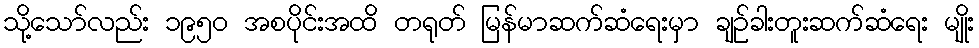
သို့သော်လည်း ၁၉၅၀ အစပိုင်းအထိ တရုတ် မြန်မာဆက်ဆံရေးမှာ ချဉ်ခါးတူးဆက်ဆံရေး မျိုး